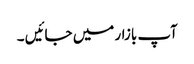
آپ بازار میں جائیں ۔